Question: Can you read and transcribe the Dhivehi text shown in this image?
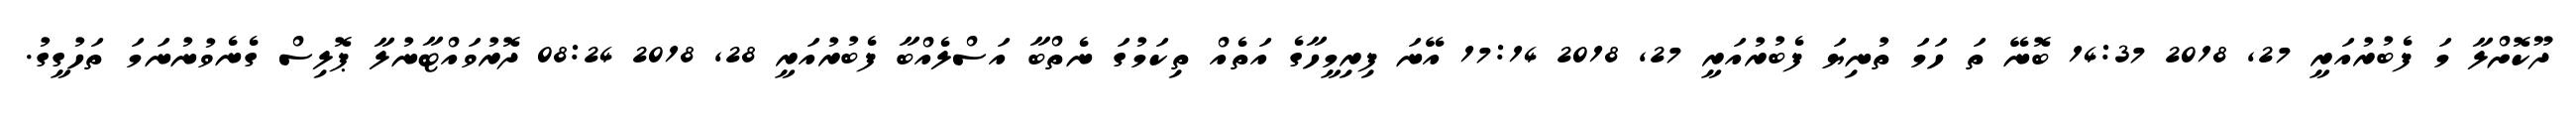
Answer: ދޫކޮށްލާ މަ ފެބުރުއަރީ 27, 2018 14:37 ބޮނޭ ތަ ހަމަ ތުނިޔަ ފެބުރުއަރީ 27, 2018 17:14 އޭނަ ފިރިމީހާގެ އަތެއް ތިކަމުގަ ނެތްބާ އަސްލެއްބާ ފެބުރުއަރީ 28, 2018 08:24 ދޮރުވައްޓާނުލާ ޕޮލިސް ގެނެވުނުނަމަ ތަހުގީގު.